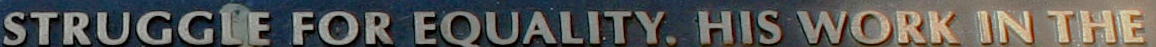
STRUGGLE FOR EQUALITY. HIS WORK IN THE